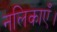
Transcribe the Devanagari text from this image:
नलिकाएँ।